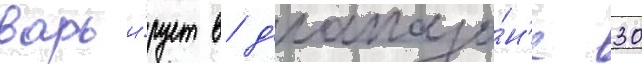
варьи́рует в д'иапазо́н'е 30